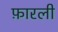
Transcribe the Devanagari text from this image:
फ़ारली